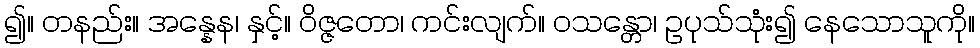
၍။ တနည်း။ အန္နေန၊ နှင့်။ ဝိဇ္ဇတော၊ ကင်းလျက်။ ဝသန္တော၊ ဥပုသ်သုံး၍ နေသောသူကို။